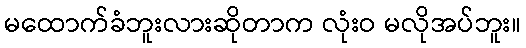
မထောက်ခံဘူးလားဆိုတာက လုံးဝ မလိုအပ်ဘူး။